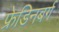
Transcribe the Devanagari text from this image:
फ्रेडिनबर्ग